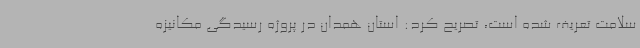
سلامت تعریف شده است، تصریح کرد: استان همدان در پروژه رسیدگی مکانیزه